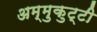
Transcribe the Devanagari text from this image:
अम्मुकुट्टी